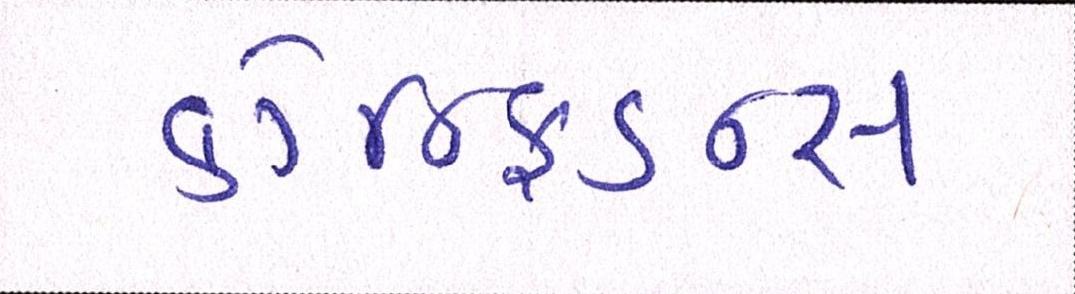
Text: કોન્ફિડન્સ